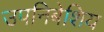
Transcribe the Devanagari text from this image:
उपनिबेशिय